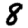
Digit: 8